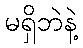
မရှိဘဲနဲ့